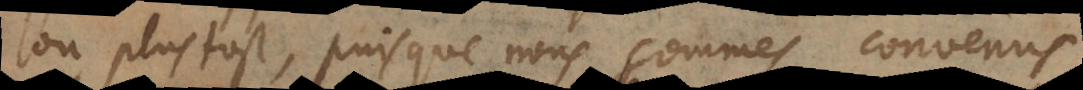
ou plustost, puisque nous sommes convenus